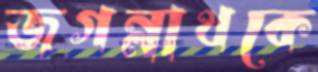
জগন্নাথকে